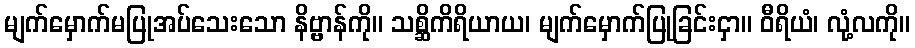
မျက်မှောက်မပြုအပ်သေးသော နိဗ္ဗာန်ကို။ သစ္ဆိကိရိယာယ၊ မျက်မှောက်ပြုခြင်းငှာ။ ဝီရိယံ၊ လုံ့လကို။